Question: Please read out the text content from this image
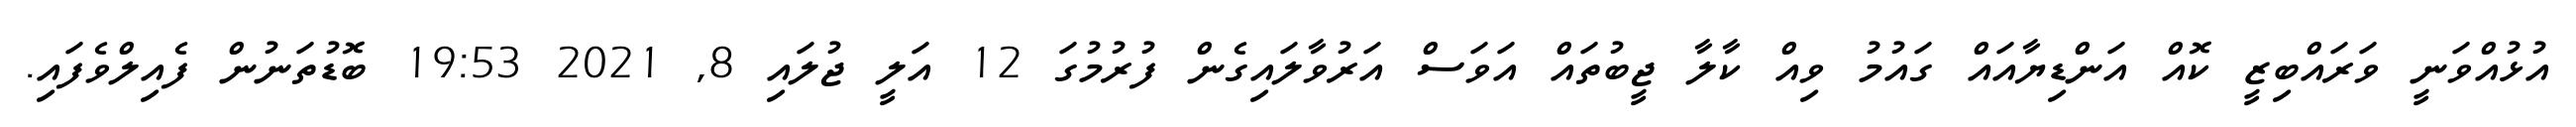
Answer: އުޅުއްވަނީ ވަރައްބިޒީ ކޮއް އަންޑިޔާއައް ގައުމު ވިއް ކާލާ ޖީބުތައް އަވަސް އަރުވާލައިގެން ފުރުމުގަ 12 އަލީ ޖުލައި 8, 2021 19:53 ބޮޑުތަނުން ފެއިލްވެފައި.